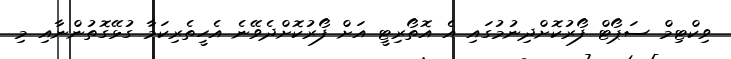
ވިކްޓިމް ސަޕޯޓް ފޯރުކޮށްދިނުމުގައި އެ އޮތޯރިޓީ އަށް ފޯރުކޮށްދެވޭނެ އެހީތެރިކަމާ ގުޅޭގޮތުންނާއި މި